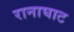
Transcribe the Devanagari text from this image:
रानाघाट